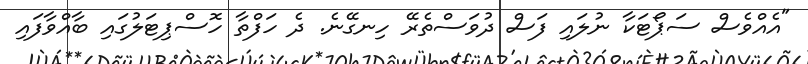
"އެއްވެސް ސަޕޯޓަކާ ނުލައި ފަސް ދުވަސްތެރޭ ހިނގޭނެ. ދެ ހަފްތާ ހޮސްޕިޓަލުގައި ބާއްވާފައި